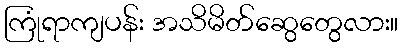
ကြုံရာကျပန်း အသိမိတ်ဆွေတွေလား။